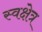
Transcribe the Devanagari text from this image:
स्वक्षेत्र